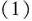
（1）